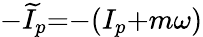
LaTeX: {-}\widetilde{I}_{p}{=}{-}(I_{p}{+}m\omega)